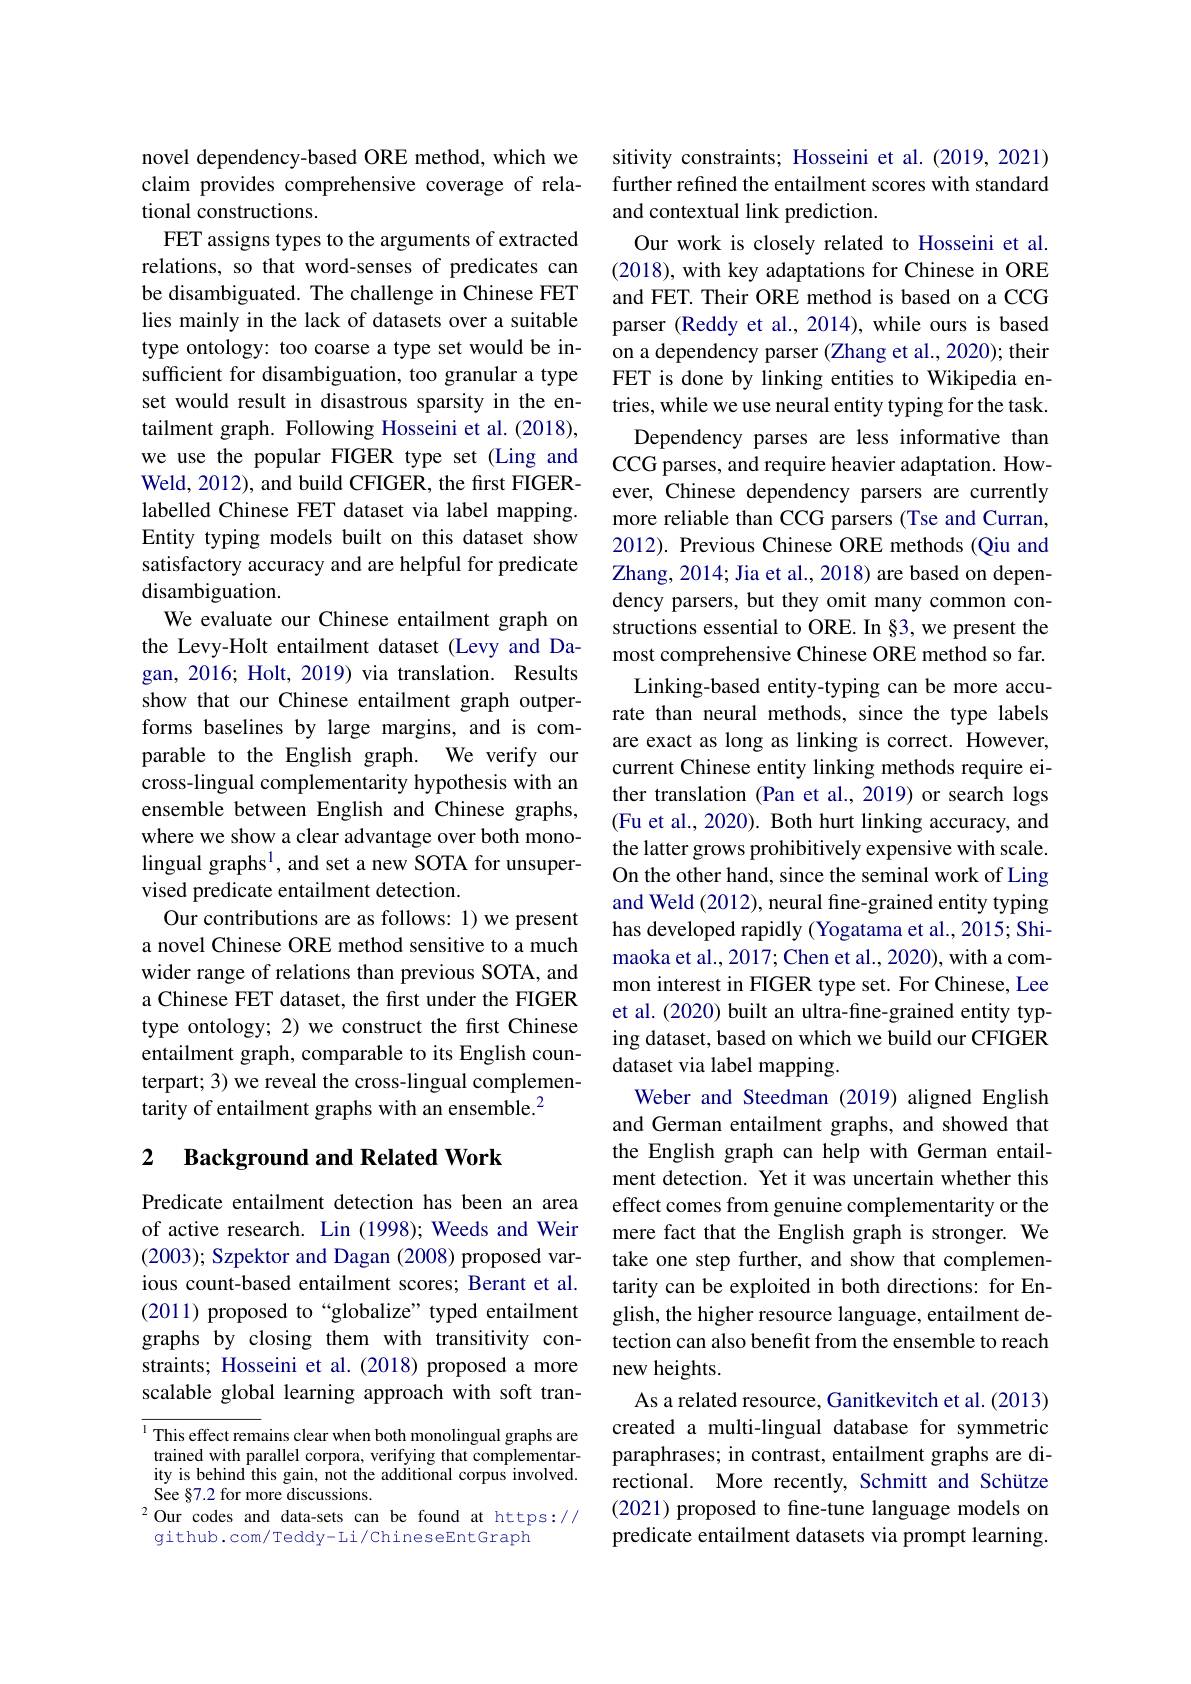
novel dependency-based ORE method, which we claim provides comprehensive coverage of relational constructions.
FET assigns types to the arguments of extracted relations, so that word-senses of predicates can be disambiguated. The challenge in Chinese FET lies mainly in the lack of datasets over a suitable type ontology: too coarse a type set would be insufficient for disambiguation, too granular a type set would result in disastrous sparsity in the entailment graph. Following Hosseini et al. (2018), we use the popular FIGER type set (Ling and Weld, 2012), and build CFIGER, the first FIGERlabelled Chinese FET dataset via label mapping. Entity typing models built on this dataset show satisfactory accuracy and are helpful for predicate disambiguation.
We evaluate our Chinese entailment graph on the Levy-Holt entailment dataset (Levy and Dagan, 2016; Holt, 2019) via translation. Results show that our Chinese entailment graph outperforms baselines by large margins, and is comparable to the English graph. We verify our cross-lingual complementarity hypothesis with an ensemble between English and Chinese graphs, where we show a clear advantage over both monolingual graphs$^{1}$, and set a new SOTA for unsupervised predicate entailment detection.
Our contributions are as follows: 1) we present a novel Chinese ORE method sensitive to a much wider range of relations than previous SOTA, and a Chinese FET dataset, the frst under the FIGER type ontology; 2) we construct the first Chinese entailment graph, comparable to its English counterpart; 3) we reveal the cross-lingual complementarity of entailment graphs with an ensemble.$^2$

# 2 Background and Related Work

Predicate entailment detection has been an area of active research. Lin (1998); Weeds and Weir (2003); Szpektor and Dagan (2008) proposed various count-based entailment scores; Berant et al. (2011) proposed to“globalize” typed entailment graphs by closing them with transitivity constraints; Hosseini et al.(2018) proposed a more scalable global learning approach with soft tran-

$^{1}$ This effect remains clear when both monolingual graphs are trained with parallel corpora, verifying that complementarity is behind this gain, not the additional corpus involved. See §7.2 for more discussions.
$^{2}$Our codes and data-sets can be found at https://
github.com/Teddy-Li/ChineseEntGraph

sitivity constraints; Hosseini et al.(2019,2021) further refined the entailment scores with standard and contextual link prediction.
Our work is closely related to Hosseini et al. (2018), with key adaptations for Chinese in ORE and FET. Their ORE method is based on a CCG parser (Reddy et al., 2014), while ours is based on a dependency parser (Zhang et al., 2020); their FET is done by linking entities to Wikipedia entries, while we use neural entity typing for the task.
Dependency parses are less informative than CCG parses, and require heavier adaptation. However, Chinese dependency parsers are currently more reliable than CCG parsers (Tse and Curran, 2012). Previous Chinese ORE methods (Qiu and Zhang, 2014; Jia et al., 2018) are based on dependency parsers, but they omit many common constructions essential to ORE. In §3, we present the most comprehensive Chinese ORE method so far. Linking-based entity-typing can be more accurate than neural methods, since the type labels are exact as long as linking is correct. However, current Chinese entity linking methods require either translation (Pan et al.,2019) or search logs (Fu et al., 2020). Both hurt linking accuracy, and the latter grows prohibitively expensive with scale. On the other hand, since the seminal work of Ling and Weld (2012), neural fine-grained entity typing has developed rapidly (Yogatama et al., 2015; Shimaoka et al., 2017; Chen et al., 2020), with a common interest in FIGER type set. For Chinese, Lee et al. (2020) built an ultra-fine-grained entity typing dataset, based on which we build our CFIGER dataset via label mapping.
Weber and Steedman (2019) aligned English and German entailment graphs, and showed that the English graph can help with German entailment detection. Yet it was uncertain whether this effect comes from genuine complementarity or the mere fact that the English graph is stronger. We take one step further, and show that complementarity can be exploited in both directions: for English, the higher resource language, entailment detection can also benefit from the ensemble to reach new heights.
As a related resource, Ganitkevitch et al. (2013) created a multi-lingual database for symmetric paraphrases; in contrast, entailment graphs are directional. More recently, Schmitt and Schütze (2021) proposed to fine-tune language models on predicate entailment datasets via prompt learning.